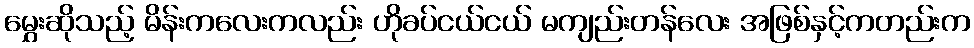
မွှေးဆိုသည့် မိန်းကလေးကလည်း ဟိုခပ်ငယ်ငယ် မကျည်းတန်လေး အဖြစ်နှင့်ကတည်းက